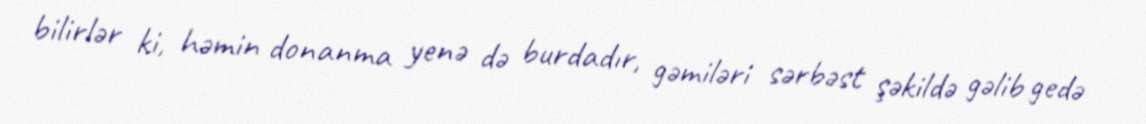
bilirlər ki, həmin donanma yenə də burdadır, gəmiləri sərbəst şəkildə gəlib gedə